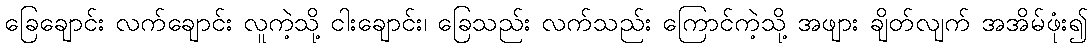
ခြေချောင်း လက်ချောင်း လူကဲ့သို့ ငါးချောင်း၊ ခြေသည်း လက်သည်း ကြောင်ကဲ့သို့ အဖျား ချိတ်လျက် အအိမ်ဖုံး၍